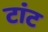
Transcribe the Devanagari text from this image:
टांट